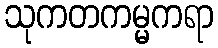
သုကတကမ္မကရာ